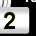
Digit: 2